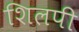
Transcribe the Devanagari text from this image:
शिलपी